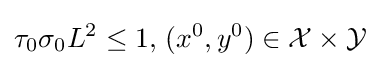
\tau _{0}\sigma _{0}L^{2}\leq 1,\,(x^{0},y^{0})\in {\mathcal {X}}\times {\mathcal {Y}}